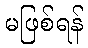
မဖြစ်ရန်